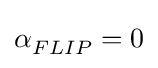
\alpha _{FLIP}^{}=0